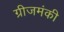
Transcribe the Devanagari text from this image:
ग्रीजमंकी